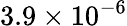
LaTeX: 3.9\times 10^{-6}